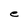
Character: e